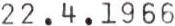
22.4.1966